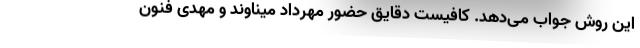
این روش جواب می‌دهد. کافیست دقایق حضور مهرداد میناوند و مهدی فنون